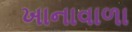
ખાનાવાળા